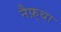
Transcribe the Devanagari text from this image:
नैफ़्था